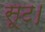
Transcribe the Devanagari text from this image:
सूट।